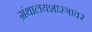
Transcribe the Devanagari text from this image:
ग्रंथालयशास्त्रावर